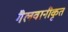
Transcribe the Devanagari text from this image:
गैलवानीकृत